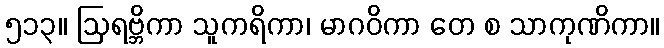
၅၁၃။ ဩရဗ္ဘိကာ သူကရိကာ၊ မာဂဝိကာ တေ စ သာကုဏိကာ။